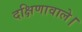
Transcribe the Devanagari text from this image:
दक्षिणावाले।